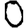
Digit: 0